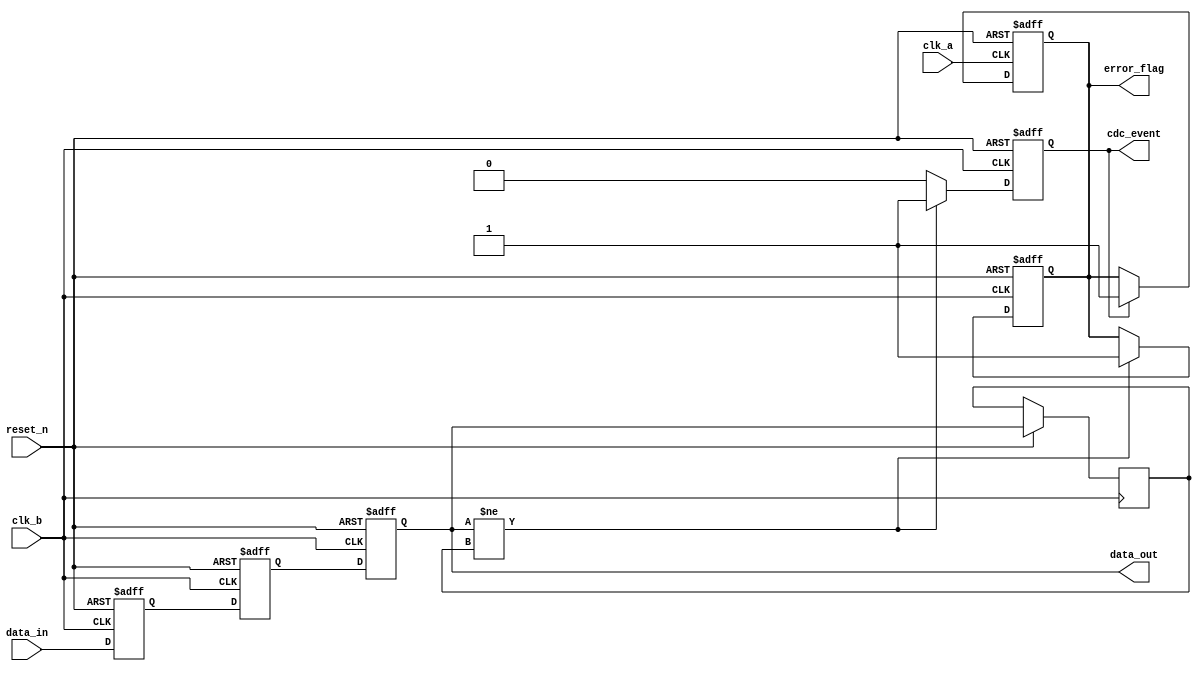
module cdc_detector #(
    parameter DATA_WIDTH = 8  // Define the width of data
)(
    input wire clk_a,          // Clock domain A
    input wire clk_b,          // Clock domain B
    input wire reset_n,        // Active low asynchronous reset
    input wire [DATA_WIDTH-1:0] data_in, // Data input from clk_a domain
    output reg [DATA_WIDTH-1:0] data_out, // Synchronized data output in clk_b domain
    output reg cdc_event,      // CDC event flag
    output reg error_flag       // Error flag indicating CDC issue
);

    reg [DATA_WIDTH-1:0] data_out_reg; // Register to hold the previous value of data_out
    reg [DATA_WIDTH-1:0] data_out_prev; // Register to store the previous value for comparison
    reg [DATA_WIDTH-1:0] sync_stage1; // First stage of synchronizer in clk_b
    reg [DATA_WIDTH-1:0] sync_stage2; // Second stage of synchronizer in clk_b

    // Asynchronous reset and synchronizer in clk_b domain
    always @(posedge clk_b or negedge reset_n) begin
        if (!reset_n) begin
            sync_stage1 <= 0;
            sync_stage2 <= 0;
            data_out <= 0;
            cdc_event <= 0;
            error_flag <= 0;
        end else begin
            sync_stage1 <= data_in; // Capture data_in in first stage
            sync_stage2 <= sync_stage1; // Capture in second stage
            data_out <= sync_stage2; // Synchronized output

            // Detect CDC event
            if (data_out != data_out_prev) begin
                cdc_event <= 1'b1; // Event detected
                error_flag <= 1'b1; // Mark error flag
            end else begin
                cdc_event <= 1'b0; // No event
            end

            // Store previous value
            data_out_prev <= data_out; // Update previous value
        end
    end

    // Reset error_flag based on specific condition (for example: a read from a status register)
    // Implement your custom conditions to reset the error_flag as needed
    always @(posedge clk_a or negedge reset_n) begin
        if (!reset_n) begin
            error_flag <= 0;
        end else if (cdc_event) begin
            // Reset the error flag. You could implement a condition here for your design.
            error_flag <= 1'b1; // Keep error flag asserted until manually cleared
        end
    end

    // Optional: A status register to be read by monitoring unit could be implemented here
    // You can add additional logic to facilitate reading of status register if required.

endmodule